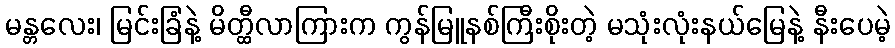
မန္တလေး၊ မြင်းခြံနဲ့ မိတ္ထီလာကြားက ကွန်မြူနစ်ကြီးစိုးတဲ့ မသုံးလုံးနယ်မြေနဲ့ နီးပေမဲ့